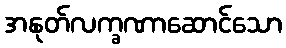
အနုတ်လက္ခဏာဆောင်သော